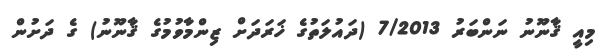
މިއީ ޤާނޫނު ނަންބަރު 7/2013 (ދައުލަތުގެ ޚަރަދަށް ޒިންމާވުމުގެ ޤާނޫނު) ގެ ދަށުން